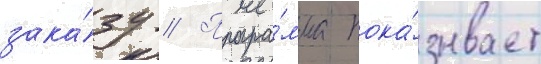
зака́зу // Програ́мма пока́зывает